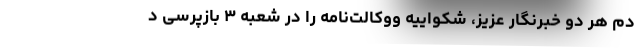
دم هر دو خبرنگار عزیز، شکواییه ووکالت‌نامه را در شعبه ۳ بازپرسی د